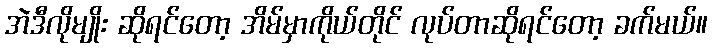
အဲဒီလိုမျိုး ဆိုရင်တော့ အိမ်မှာကိုယ်တိုင် လုပ်တာဆိုရင်တော့ ခက်မယ်။